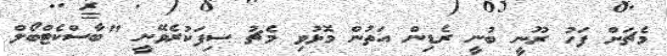
މެޗަށް ފަހު ރޫނީ ބުނީ ރެޑިން އަތުން މޮޅުވި މެޗު ސިފަކުރެވޭނީ "ބާސްކެޓްބޯލް